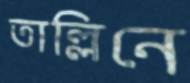
তাল্লিনে